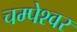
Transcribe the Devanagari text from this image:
चम्पेश्वर